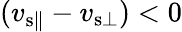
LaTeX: (v_{{\mathrm{s}}\parallel}-v_{{\mathrm{s}}\bot})<0